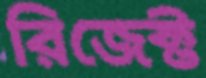
রিজেক্ট